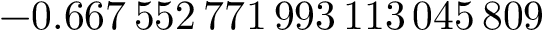
- 0 . 6 6 7 \, 5 5 2 \, 7 7 1 \, 9 9 3 \, 1 1 3 \, 0 4 5 \, 8 0 9